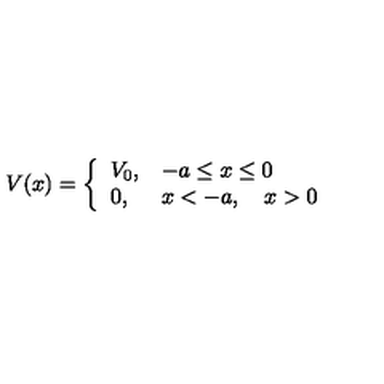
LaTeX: V ( x ) = \left\{ \begin{array} { l l } { V _ { 0 } , } & { - a \le x \le 0 } \\ { 0 , } & { x < - a , \quad x > 0 } \\ \end{array} \right.